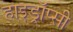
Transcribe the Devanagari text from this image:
हाइड्रॉप्सी